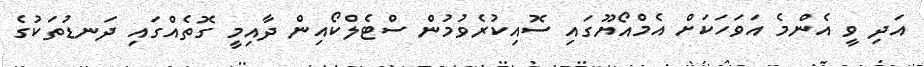
އަދި ވީ އެންމެ އަވަހަކަށް އެމްއޯޔޫގައި ސޮއިކުރެވުމުން ސްޓެލްކޯއިން ދާއިމީ ގޮތެއްގައި ދަނޑުތަކުގެ